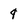
Character: q